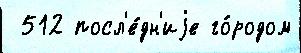
 512 посл'е́дн'иjе го́родом